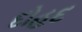
દોહદ